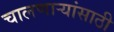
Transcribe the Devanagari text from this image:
चालणार्‍यांसाठी